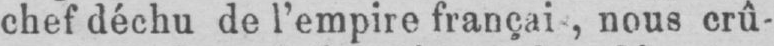
nous crû